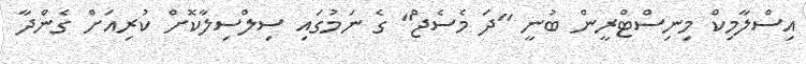
އިސްލާމިކް މިނިސްޓްރީން ބުނީ "ދަ މެސެޖް" ގެ ނަމުގައި ސިލްސިލާކޮށް ކުރިއަށް ގެންދާ